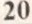
20